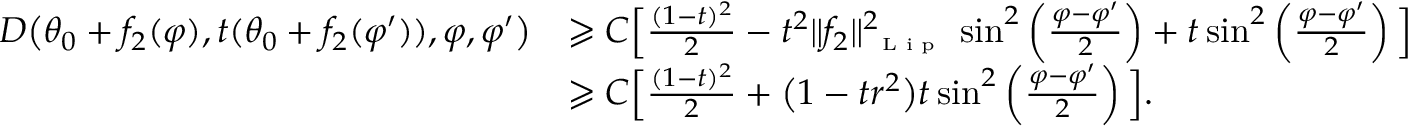
\begin{array} { r l } { D \big ( \theta _ { 0 } + f _ { 2 } ( \varphi ) , t ( \theta _ { 0 } + f _ { 2 } ( \varphi ^ { \prime } ) ) , \varphi , \varphi ^ { \prime } \big ) } & { \geqslant C \Big [ \frac { ( 1 - t ) ^ { 2 } } { 2 } - t ^ { 2 } \| f _ { 2 } \| _ { \textnormal { \tiny { L i p } } } ^ { 2 } \sin ^ { 2 } \left( \frac { \varphi - \varphi ^ { \prime } } { 2 } \right) + t \sin ^ { 2 } \left( \frac { \varphi - \varphi ^ { \prime } } { 2 } \right) \Big ] } \\ & { \geqslant C \Big [ \frac { ( 1 - t ) ^ { 2 } } { 2 } + \big ( 1 - t r ^ { 2 } \big ) t \sin ^ { 2 } \left( \frac { \varphi - \varphi ^ { \prime } } { 2 } \right) \Big ] . } \end{array}